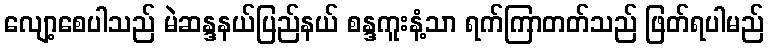
လျော့စေပါသည် မဲဆန္ဒနယ်ပြည်နယ် စန္ဒကူးနံ့သာ ရက်ကြာတတ်သည် ဖြတ်ရပါမည်